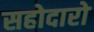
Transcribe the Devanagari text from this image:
सहोदारो